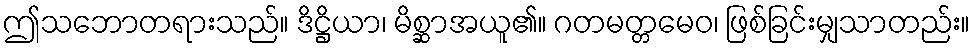
ဤသဘောတရားသည်။ ဒိဋ္ဌိယာ၊ မိစ္ဆာအယူ၏။ ဂတမတ္တမေဝ၊ ဖြစ်ခြင်းမျှသာတည်း။